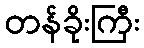
တန်ခိုးကြီး